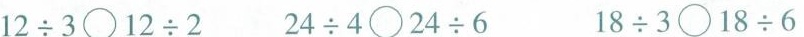
$$1 2 \div 3 \circ 1 2 \div 2$$ $$2 4 \div 4 \circ 2 4 \div 6$$ $$1 8 \div 3 \circ 1 8 \div 6$$